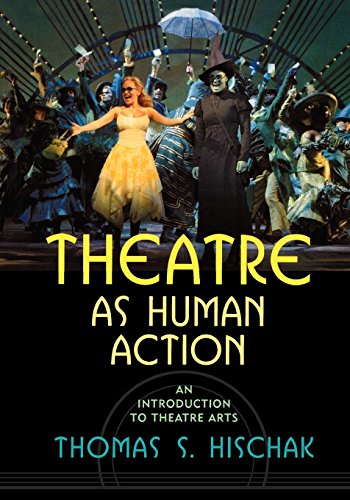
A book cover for Theatre as Human Action: An Introduction to Theatre Arts; Thomas S. Hischak; Humor & Entertainment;